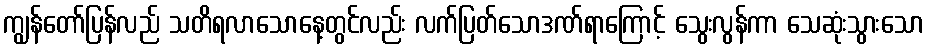
ကျွန်တော်ပြန်လည် သတိရလာသောနေ့တွင်လည်း လက်ပြတ်သောဒဏ်ရာကြောင့် သွေးလွန်ကာ သေဆုံးသွားသော